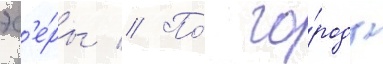
эс'е́ры // По́ го́роду